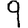
Digit: 9